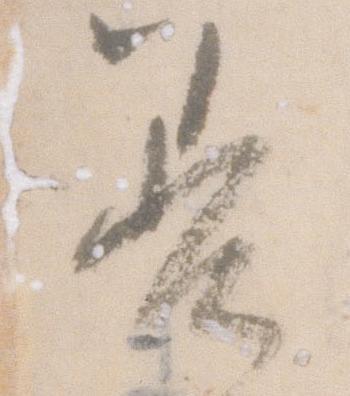
善